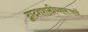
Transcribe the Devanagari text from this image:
द्वादशशक्तीच्यारूपाचें